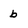
Character: b